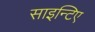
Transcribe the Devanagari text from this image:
साइन्टिए